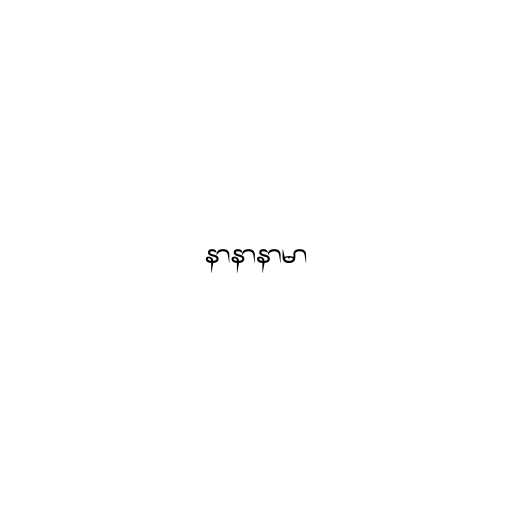
နာနာနာမာ